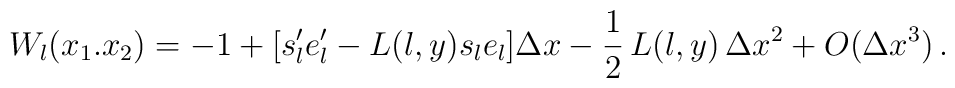
W_l(x_1. x_2)=-1+[s_l^{\prime}e_l^{\prime}-L(l, y)s_le_l]\Delta x-\frac{1}{2}\,L(l, y)\,\Delta x^2 +O(\Delta x^3)\,.